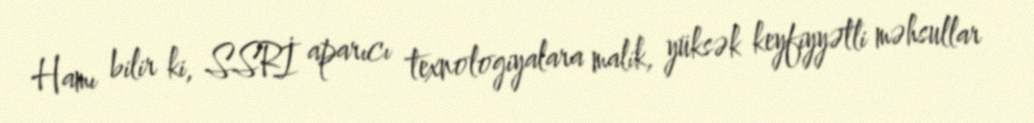
Hamı bilir ki, SSRİ aparıcı texnologiyalara malik, yüksək keyfiyyətli məhsullar